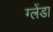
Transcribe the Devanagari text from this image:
ग्लेंडा